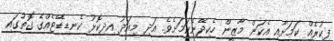
ފިކުރެއް ކަމަށާއި އެކަން މާޒީން ހެކިދޭނެކަމަށެވެ. އަދި މިއަދު އިދިކޮޅު ކެނޑިޑޭޓެއްގެ ގޮތުގައި